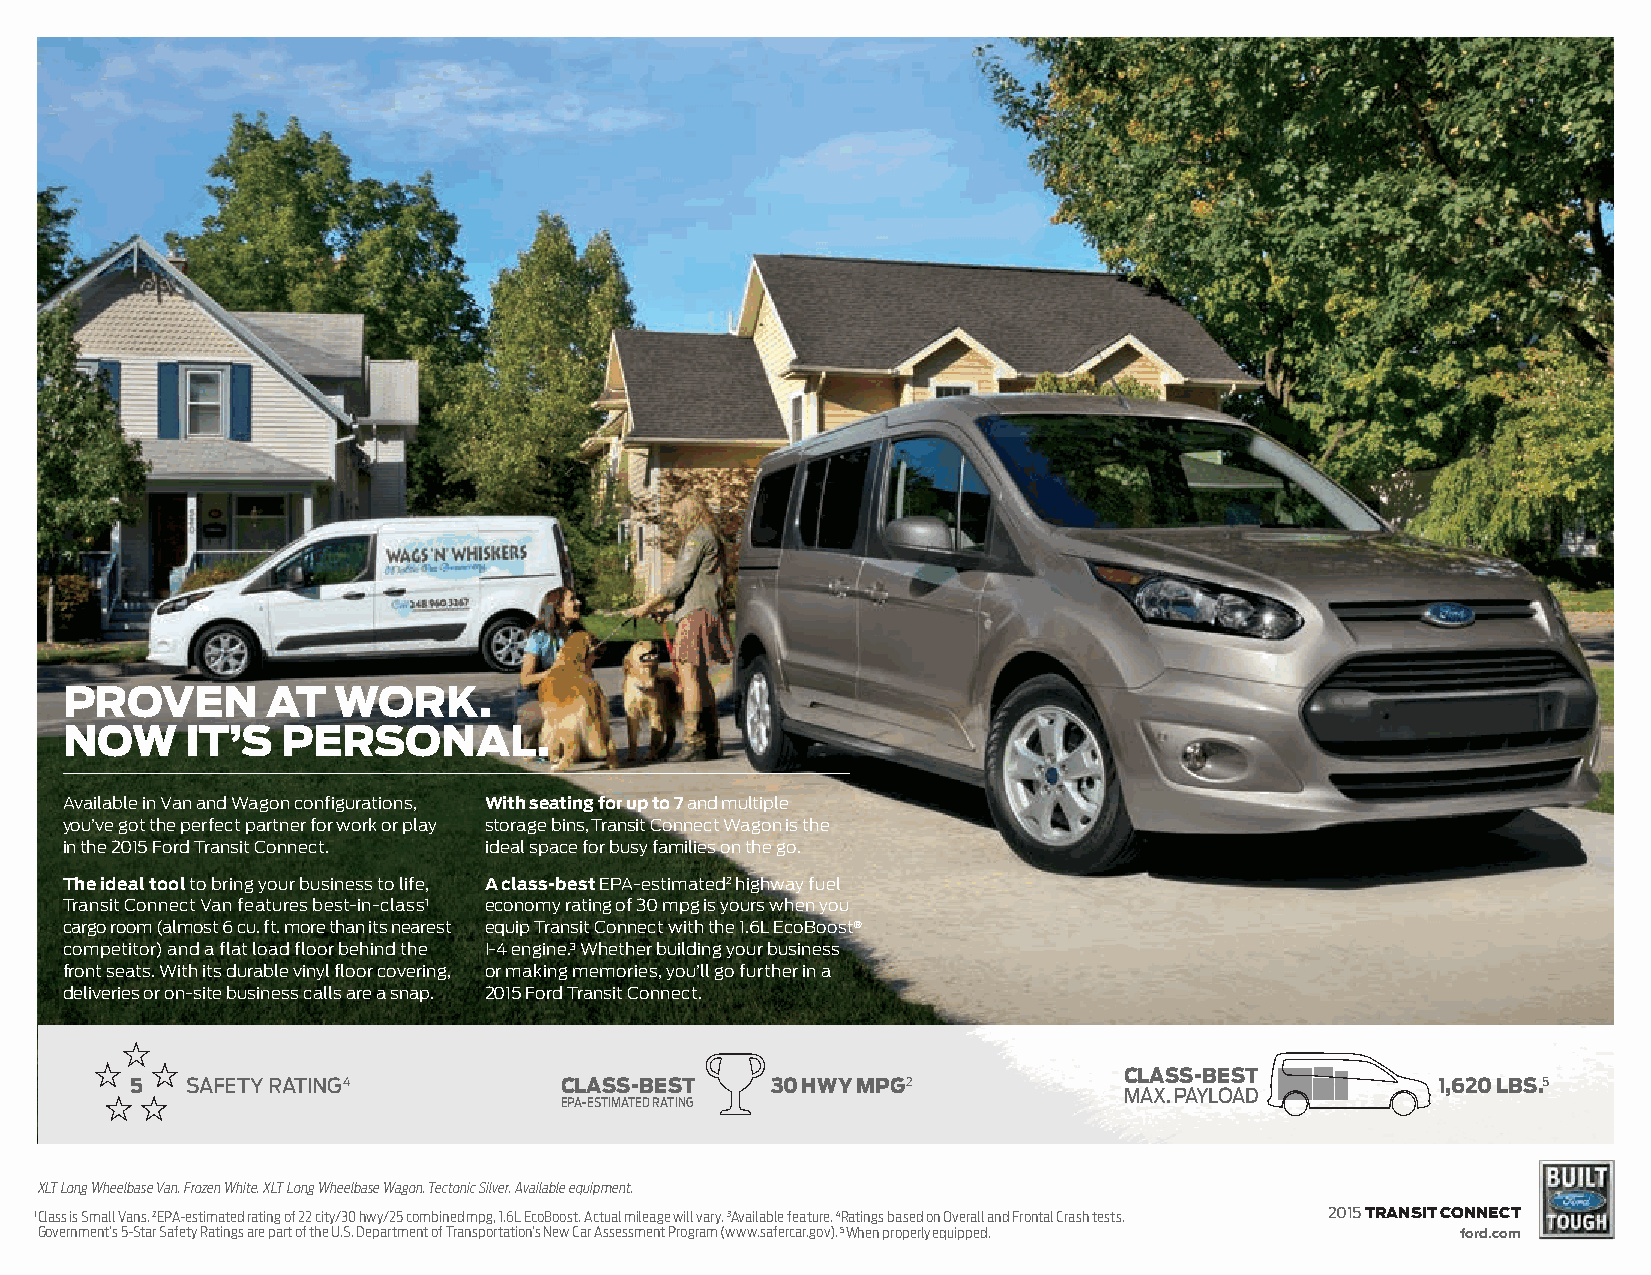
proven        at  work.
 now     it’s   personal.
 Available in Van and Wagon configurations, With seating for up to 7 and multiple
 you’ve got the perfect partner for work or play storage bins, Transit Connect Wagon is the
 in the 2015 Ford Transit Connect. ideal space for busy families on the go.
 The ideal tool to bring your business to life, A class-best EPA-estimated2 highway fuel
 Transit Connect Van features best-in-class1 economy rating of 30 mpg is yours when you
 cargo room (almost 6 cu. ft. more than its nearest equip Transit Connect with the 1.6L EcoBoost®
 competitor) and a flat load floor behind the I-4 engine.3 Whether building your business
 front seats. With its durable vinyl floor covering, or making memories, you’ll go further in a
 deliveries or on-site business calls are a snap. 2015 Ford Transit Connect.
 class-best
 5  safeTy raTing4           class-best    30 hwy mpg2                                 1,620 lbs.5
 max. payload
 epa-estimated rating
 XLT Long Wheelbase Van. Frozen White. XLT Long Wheelbase Wagon. Tectonic Silver. Available equipment.
 1 Class is Small Vans. 2EPA-estimated rating of 22 city/30 hwy/25 combined mpg, 1.6L EcoBoost. Actual mileage will vary. 3Available feature. 4Ratings based on Overall and Frontal Crash tests. 2015 transit connect
 Government’s 5-Star Safety Ratings are part of the U.S. Department of Transportation’s New Car Assessment Program (www.safercar.gov). 5When properly equipped. ford.com